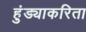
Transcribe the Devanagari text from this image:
हुंड्याकरिता